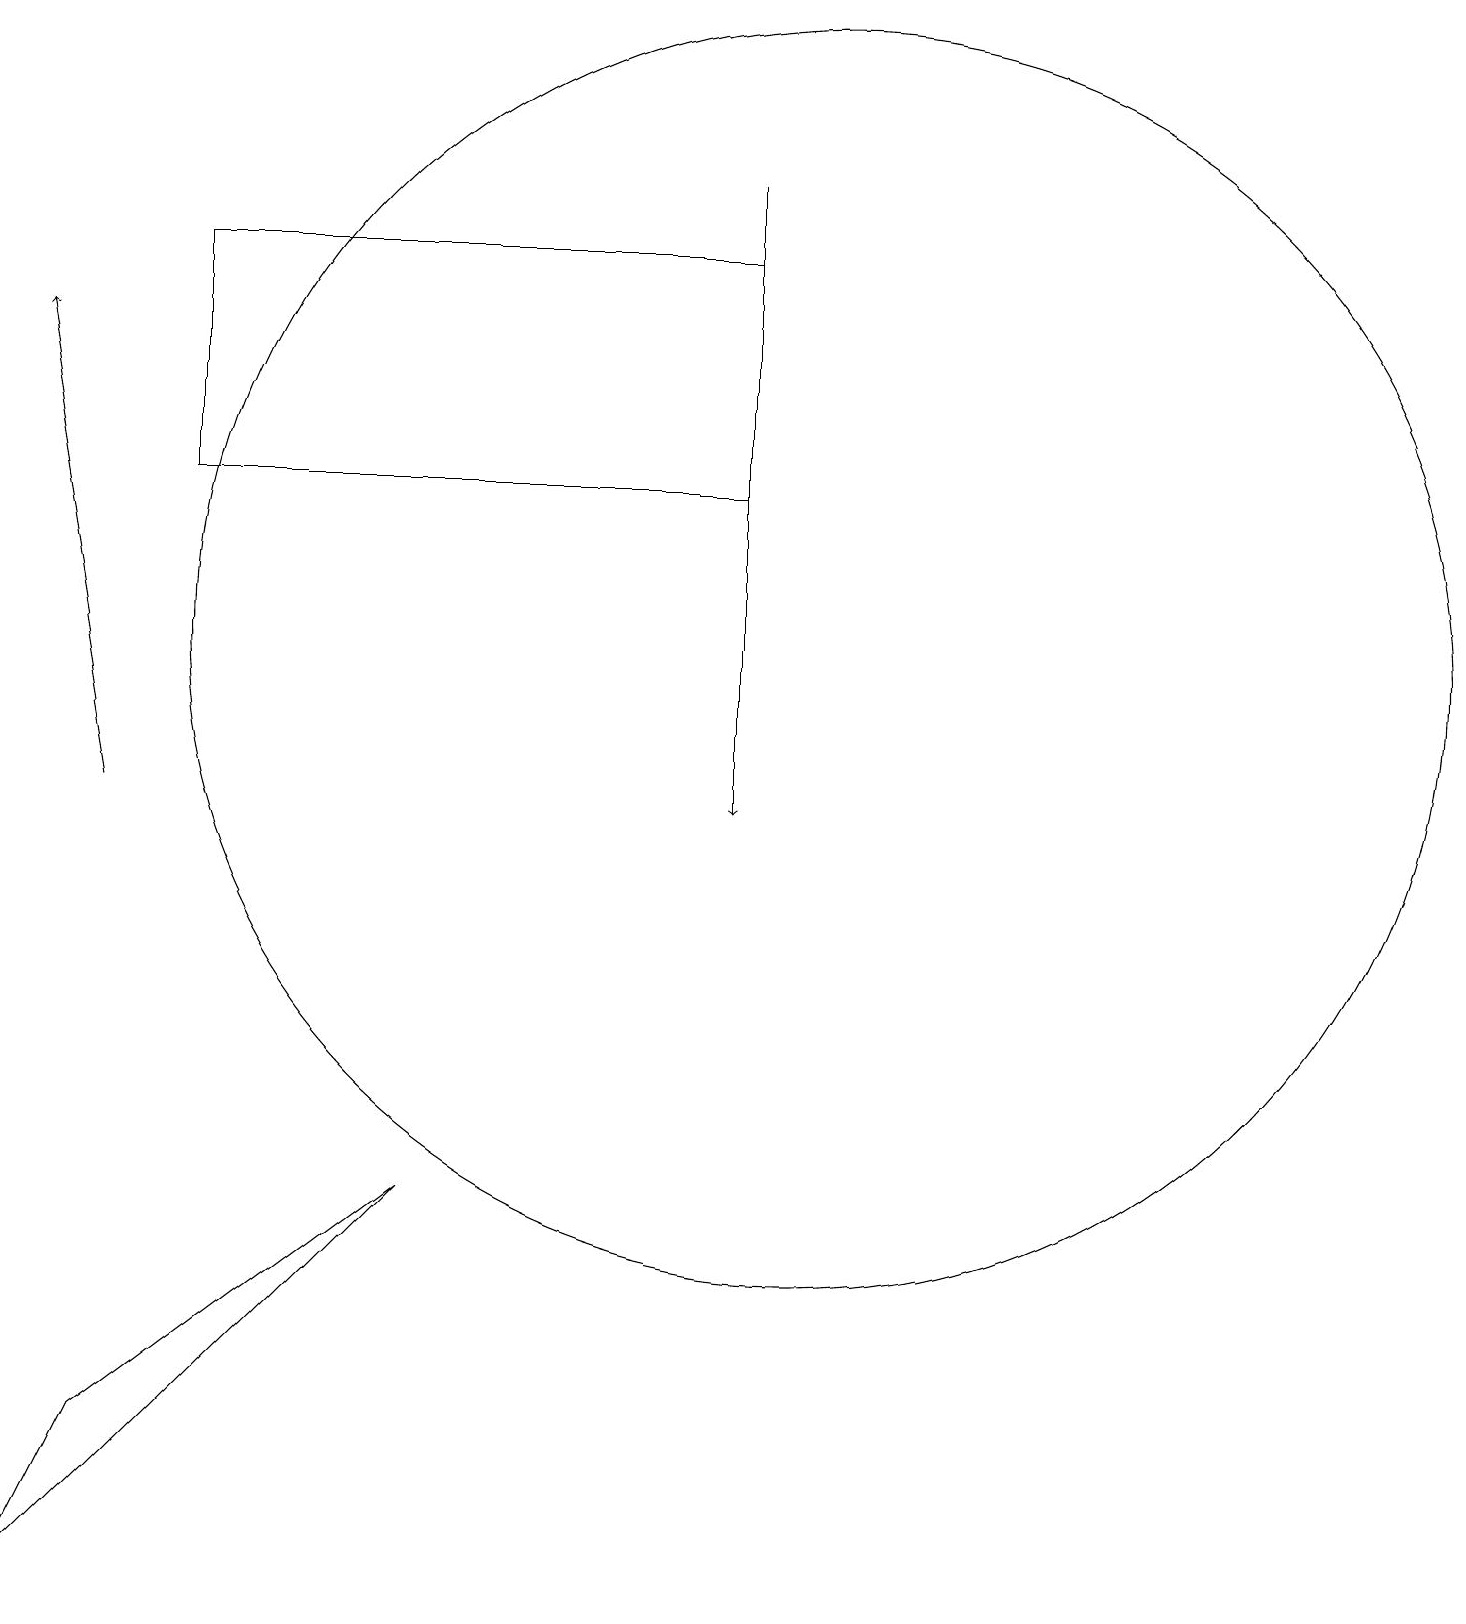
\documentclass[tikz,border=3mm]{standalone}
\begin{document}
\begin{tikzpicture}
\draw (10,12) circle (8);
\draw (11,11) circle (0);
\draw (0,0) -- (1,2) -- (5,5) -- cycle;
\draw[->] (9,18) -- (9,10);
\draw (10,11) circle (0);
\draw (9,17) rectangle (2,14);
\draw[->] (1,10) -- (0,16);
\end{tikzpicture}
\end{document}